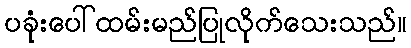
ပခုံးပေါ်ထမ်းမည်ပြုလိုက်သေးသည်။